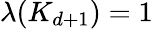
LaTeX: \lambda(K_{d+1})=1